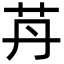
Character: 䒟